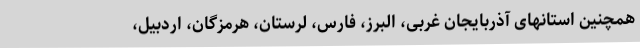
همچنین استانهای آذربایجان غربی، البرز، فارس، لرستان، هرمزگان، اردبیل،